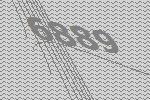
6889